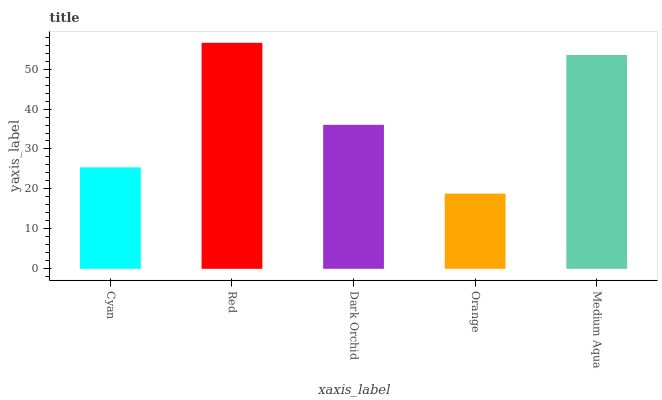
| xaxis_label | bars |
 | --- | --- |
 | Cyan | 25.4 |
 | Red | 56.6 |
 | Dark Orchid | 36 |
 | Orange | 18.8 |
 | Medium Aqua | 53.5 |